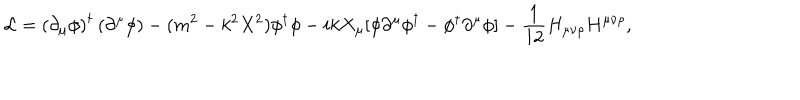
{ \cal L } = \left( \partial _ { \mu } \phi \right) ^ { \dagger } \left( \partial ^ { \mu } \phi \right) - ( m ^ { 2 } - k ^ { 2 } X ^ { 2 } ) \phi ^ { \dagger } \phi - i k X _ { \mu } [ \phi \partial ^ { \mu } \phi ^ { \dagger } - \phi ^ { \dagger } \partial ^ { \mu } \phi ] - \frac { 1 } { 1 2 } H _ { \mu \nu \rho } H ^ { \mu \nu \rho } ,